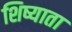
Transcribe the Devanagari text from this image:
शिष्याता